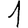
Digit: 1